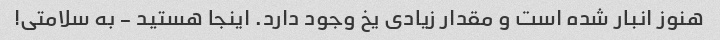
هنوز انبار شده است و مقدار زیادی یخ وجود دارد. اینجا هستید - به سلامتی!